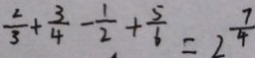
\frac { 2 } { 3 } + \frac { 3 } { 4 } - \frac { 1 } { 2 } + \frac { 5 } { 6 } = 2 \frac { 7 } { 4 }